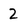
Character: 2